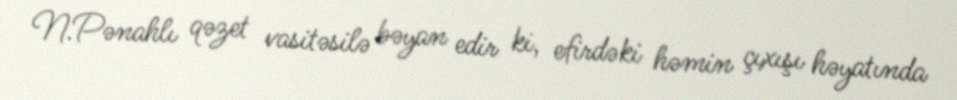
N.Pənahlı qəzet vasitəsilə bəyan edir ki, efirdəki həmin çıxışı həyatında